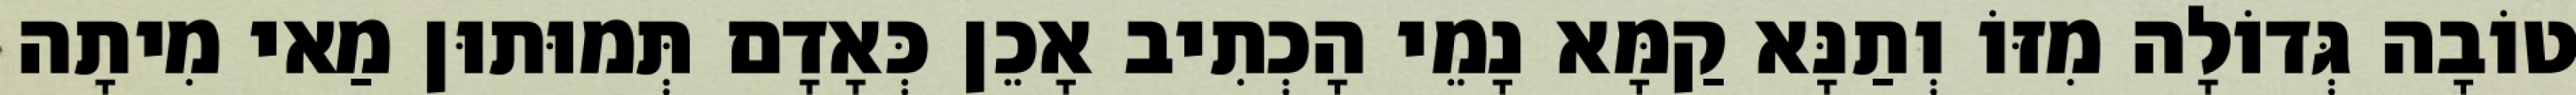
טוֹבָה גְּדוֹלָה מִזּוֹ וְתַנָּא קַמָּא נָמֵי הָכְתִיב אָכֵן כְּאָדָם תְּמוּתוּן מַאי מִיתָה